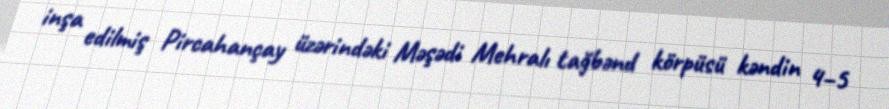
inşa edilmiş Pircahançay üzərindəki Məşədi Mehralı tağbənd körpüsü kəndin 4–5